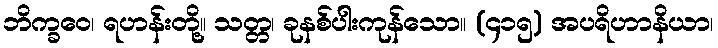
ဘိက္ခဝေ၊ ရဟန်းတို့။ သတ္တ၊ ခုနစ်ပါးကုန်သော။ (၄၁၅) အပရိဟာနိယာ၊